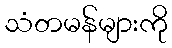
သံတမန်များကို